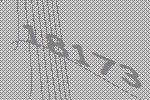
18173